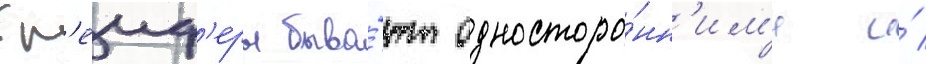
Гр'еиф'еры быва́ют односторо́нн'им'и и́